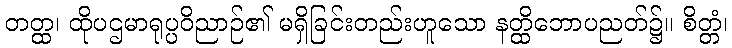
တတ္ထ၊ ထိုပဌမာရုပ္ပဝိညာဉ်၏ မရှိခြင်းတည်းဟူသော နတ္ထိဘောပညတ်၌။ စိတ္တံ၊